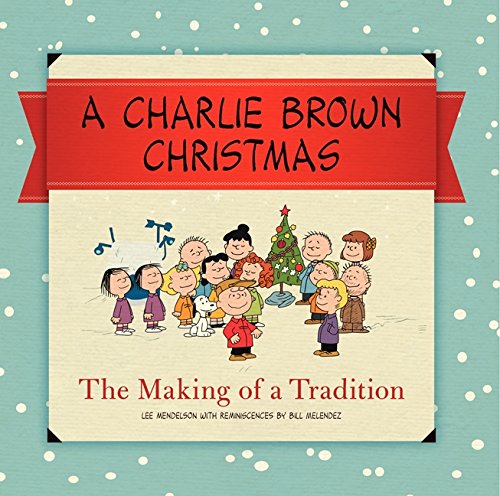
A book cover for A Charlie Brown Christmas: The Making of a Tradition; Charles M. Schulz; Humor & Entertainment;